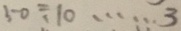
5 0 \div 1 0 \cdots 3